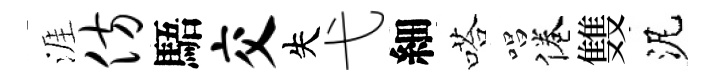
涯仿䮏交失弋細嗒唱倦䨇泥